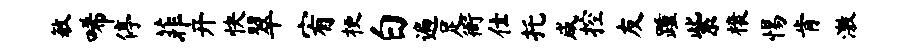
敏唏停菲开快翠宥梗白遍足衙仕托咸控友踵紫榱惕肯激